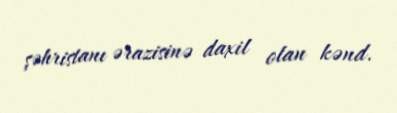
şəhristanı ərazisinə daxil olan kənd.